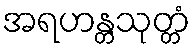
အရဟန္တသုတ္တံ